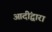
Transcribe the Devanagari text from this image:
आदींद्वारा